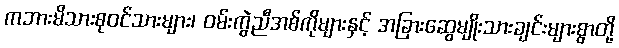
ကဘားမိသားစုဝင်သားများ၊ ဝမ်းကွဲညီအစ်ကိုများနှင့် အခြားဆွေမျိုးသားချင်းများစွာတို့